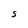
Character: S